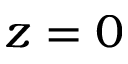
z = 0